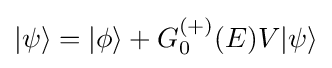
|\psi \rangle =|\phi \rangle +G_{0}^{(+)}(E)V|\psi \rangle